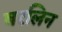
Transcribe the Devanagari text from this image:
बरलिन